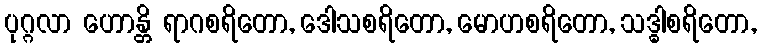
ပုဂ္ဂလာ ဟောန္တိ ရာဂစရိတော, ဒေါသစရိတော, မောဟစရိတော, သဒ္ဓါစရိတော,